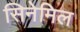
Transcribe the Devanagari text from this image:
सिनेमिल